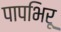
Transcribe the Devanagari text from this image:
पापभिरू